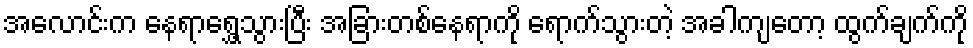
အလောင်းက နေရာရွှေ့သွားပြီး အခြားတစ်နေရာကို ရောက်သွားတဲ့ အခါကျတော့ ထွက်ချက်ကို